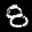
Label: 8